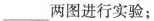
___两图进行实验；